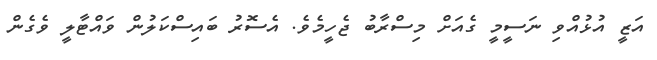
އަޒީ އުޅުއްވި ނަސީމީ ގެއަށް މިސްރާބު ޖެހީމެވެ. އެސޮރު ބައިސްކަލުން ވައްޓާލީ ވެގެން